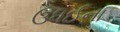
ઉધઈના